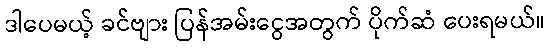
ဒါပေမယ့် ခင်ဗျား ပြန်အမ်းငွေအတွက် ပိုက်ဆံ ပေးရမယ်။